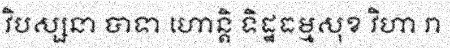
វិបស្សនា បាទា ហោន្តិ ទិដ្ឋធម្មសុខ វិហា រា